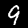
Label: 9